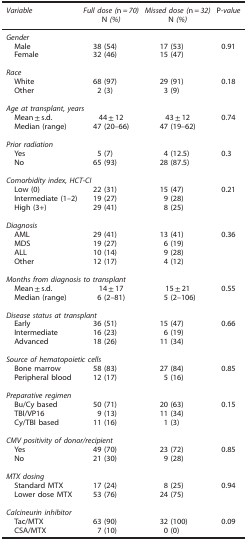
<table><thead><tr><td><b><i>Variable</i></b></td><td><b><i>Full dose (</i>n=<i>70)</i></b></td><td><b><i>Missed dose (</i>n=<i>32)</i></b></td><td><b>P<i>-value</i></b></td></tr></thead><tbody><tr><td> </td><td>N <i>(%)</i></td><td>N <i>(%)</i></td><td> </td></tr><tr><td colspan="4"><i>Gender</i></td></tr><tr><td> Male</td><td>38 (54)</td><td>17 (53)</td><td>0.91</td></tr><tr><td> Female</td><td>32 (46)</td><td>15 (47)</td><td> </td></tr><tr><td> </td><td> </td><td> </td><td> </td></tr><tr><td colspan="4"><i>Race</i></td></tr><tr><td> White</td><td>68 (97)</td><td>29 (91)</td><td>0.18</td></tr><tr><td> Other</td><td>2 (3)</td><td>3 (9)</td><td> </td></tr><tr><td> </td><td> </td><td> </td><td> </td></tr><tr><td colspan="4"><i>Age at transplant, years</i></td></tr><tr><td> Mean±s.d.</td><td>44±12</td><td>43±12</td><td>0.74</td></tr><tr><td> Median (range)</td><td>47 (20–66)</td><td>47 (19–62)</td><td> </td></tr><tr><td> </td><td> </td><td> </td><td> </td></tr><tr><td colspan="4"><i>Prior radiation</i></td></tr><tr><td> Yes</td><td>5 (7)</td><td>4 (12.5)</td><td>0.3</td></tr><tr><td> No</td><td>65 (93)</td><td>28 (87.5)</td><td> </td></tr><tr><td> </td><td> </td><td> </td><td> </td></tr><tr><td colspan="4"><i>Comorbidity index, HCT-CI</i></td></tr><tr><td> Low (0)</td><td>22 (31)</td><td>15 (47)</td><td>0.21</td></tr><tr><td> Intermediate (1–2)</td><td>19 (27)</td><td>9 (28)</td><td> </td></tr><tr><td> High (3+)</td><td>29 (41)</td><td>8 (25)</td><td> </td></tr><tr><td> </td><td> </td><td> </td><td> </td></tr><tr><td colspan="4"><i>Diagnosis</i></td></tr><tr><td> AML</td><td>29 (41)</td><td>13 (41)</td><td>0.36</td></tr><tr><td> MDS</td><td>19 (27)</td><td>6 (19)</td><td> </td></tr><tr><td> ALL</td><td>10 (14)</td><td>9 (28)</td><td> </td></tr><tr><td> Other</td><td>12 (17)</td><td>4 (12)</td><td> </td></tr><tr><td> </td><td> </td><td> </td><td> </td></tr><tr><td colspan="4"><i>Months from diagnosis to transplant</i></td></tr><tr><td> Mean±s.d.</td><td>14±17</td><td>15±21</td><td>0.55</td></tr><tr><td> Median (range)</td><td>6 (2–81)</td><td>5 (2–106)</td><td> </td></tr><tr><td> </td><td> </td><td> </td><td> </td></tr><tr><td colspan="4"><i>Disease status at transplant</i></td></tr><tr><td> Early</td><td>36 (51)</td><td>15 (47)</td><td>0.66</td></tr><tr><td> Intermediate</td><td>16 (23)</td><td>6 (19)</td><td> </td></tr><tr><td> Advanced</td><td>18 (26)</td><td>11 (34)</td><td> </td></tr><tr><td> </td><td> </td><td> </td><td> </td></tr><tr><td colspan="4"><i>Source of hematopoietic cells</i></td></tr><tr><td> Bone marrow</td><td>58 (83)</td><td>27 (84)</td><td>0.85</td></tr><tr><td> Peripheral blood</td><td>12 (17)</td><td>5 (16)</td><td> </td></tr><tr><td> </td><td> </td><td> </td><td> </td></tr><tr><td colspan="4"><i>Preparative regimen</i></td></tr><tr><td> Bu/Cy based</td><td>50 (71)</td><td>20 (63)</td><td>0.15</td></tr><tr><td> TBI/VP16</td><td>9 (13)</td><td>11 (34)</td><td> </td></tr><tr><td> Cy/TBI based</td><td>11 (16)</td><td>1 (3)</td><td> </td></tr><tr><td> </td><td> </td><td> </td><td> </td></tr><tr><td colspan="4"><i>CMV positivity of donor/recipient</i></td></tr><tr><td> Yes</td><td>49 (70)</td><td>23 (72)</td><td>0.85</td></tr><tr><td> No</td><td>21 (30)</td><td>9 (28)</td><td> </td></tr><tr><td> </td><td> </td><td> </td><td> </td></tr><tr><td colspan="4"><i>MTX dosing</i></td></tr><tr><td> Standard MTX</td><td>17 (24)</td><td>8 (25)</td><td>0.94</td></tr><tr><td> Lower dose MTX</td><td>53 (76)</td><td>24 (75)</td><td> </td></tr><tr><td> </td><td> </td><td> </td><td> </td></tr><tr><td colspan="4"><i>Calcineurin inhibitor</i></td></tr><tr><td> Tac/MTX</td><td>63 (90)</td><td>32 (100)</td><td>0.09</td></tr><tr><td> CSA/MTX</td><td>7 (10)</td><td>0 (0)</td><td> </td></tr></tbody></table>